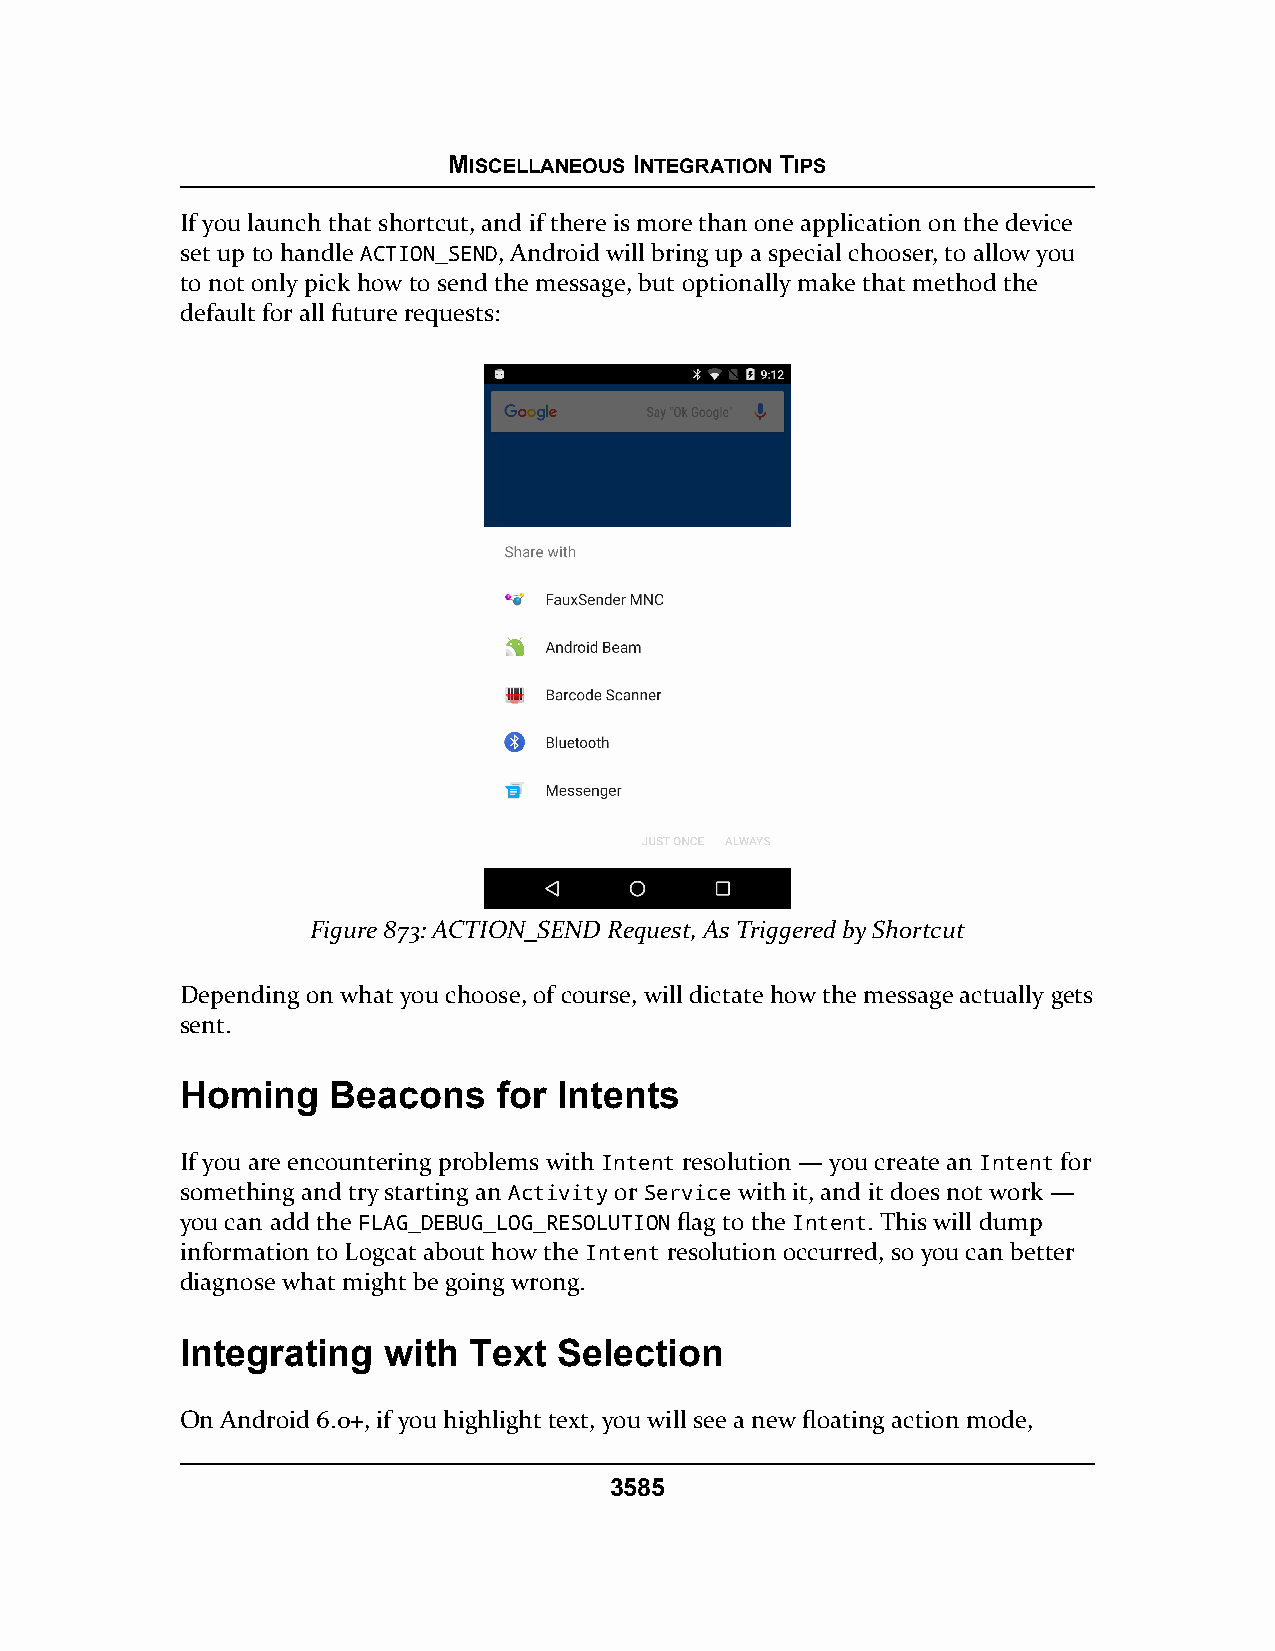
MISCELLANEOUS INTEGRATION TIPS
 If you launch that shortcut, and if there is more than one application on the device
 set up to handle ACTION_SEND, Android will bring up a special chooser, to allow you
 to not only pick how to send the message, but optionally make that method the
 default for all future requests:
 Figure 873: ACTION_SEND Request, As Triggered by Shortcut
 Depending on what you choose, of course, will dictate how the message actually gets
 sent.
 Homing    Beacons    for Intents
 If you are encountering problems with Intent resolution — you create an Intent for
 something and try starting an Activity or Service with it, and it does not work —
 you can add the FLAG_DEBUG_LOG_RESOLUTION flag to the Intent. This will dump
 information to Logcat about how the Intent resolution occurred, so you can better
 diagnose what might be going wrong.
 Integrating  with  Text  Selection
 On Android 6.0+, if you highlight text, you will see a new floating action mode,
 3585